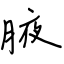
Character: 腋